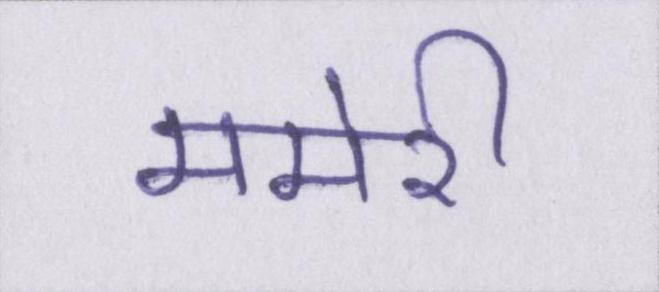
ममेरी